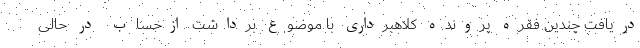
دریافت چندین فقره پرونده کلاهبرداری با موضوع برداشت ازحساب در حالی